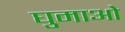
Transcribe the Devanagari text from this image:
घुमाओ